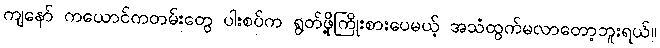
ကျနော် ကယောင်ကတမ်းတွေ ပါးစပ်က ရွတ်ဖို့ကြိုးစားပေမယ့် အသံထွက်မလာတော့ဘူးရယ်။